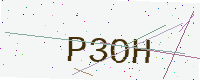
Text: P3OH